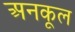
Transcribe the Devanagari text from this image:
अनकूल